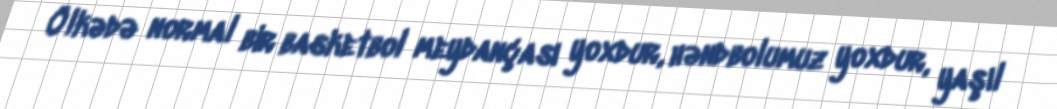
Ölkədə normal bir basketbol meydançası yoxdur, həndbolumuz yoxdur, yaşıl